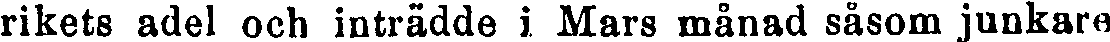
rikets adel och inträdde i Mars månad såsom junkare